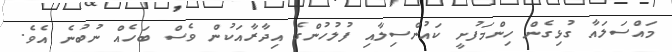
މައްސަލައާ ގުޅިގެން ހިންމަފުށީ ކައުންސިލާއި ފުލުހުންގެ އިދާރާއަކުން ވެސް ބަހެއް ނުބުނެ އެވެ.